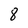
Character: 8